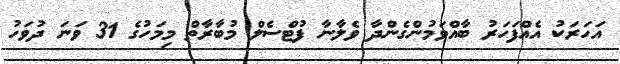
އަހަރަކު އެއްފަހަރު ބާއްވަމުންގެންދާ ވެލާނާ ފުޓްސެލް މުބާރާތް މިމަހުގެ 31 ވަނަ ދުވަހު